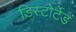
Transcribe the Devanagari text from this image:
डिस्टोर्टेड